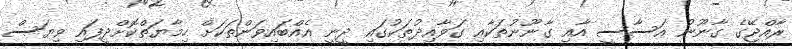
ރާއްޖޭގެ ގާނޫނު އަސާސީ އާއި ގާނޫނުތަކާއި ގަވާއިދުތަކުގައި ދީނީ އެއްބައިވަންތަކަށް ހިމާޔަތްކޮށްދީފައި ވިޔަސް